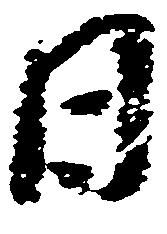
日